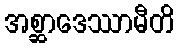
အစ္ဆာဒေဿာမီတိ